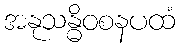
အနုသန္ဓိဝစနပထံ